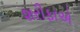
શરીફાએ